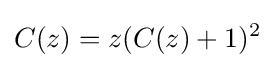
C(z)=z(C(z)+1)^{2}